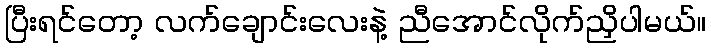
ပြီးရင်တော့ လက်ချောင်းလေးနဲ့ ညီအောင်လိုက်ညှိပါမယ်။